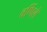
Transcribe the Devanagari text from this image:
वर्णिलें